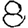
Digit: 8